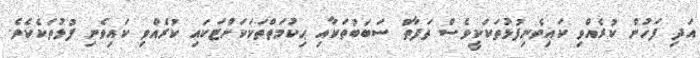
އަދި ފަހުން ކުރެއްވި ކައިވެނިފުޅުތަކަކީވެސް ތަފާތު ސަބަބުތަކާއި ޙިކުމަތްތަކަކަށްޓަކައި ކުރެއްވި ކައިވެނި ފުޅުތަކެކެވެ.